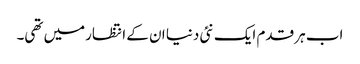
اب ہر قدم ایک نئی دنیا ان کے انتظارمیں تھی۔